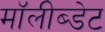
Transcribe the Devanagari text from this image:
मॉलीब्डेट